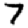
Digit: 7